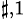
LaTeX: ^{\sharp,1}